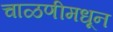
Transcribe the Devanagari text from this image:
चाळणीमधून